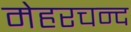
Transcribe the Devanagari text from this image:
मेहरचन्द